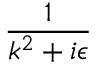
\frac { 1 } { k ^ { 2 } + i \epsilon }